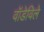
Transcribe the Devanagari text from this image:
वॉडेविले